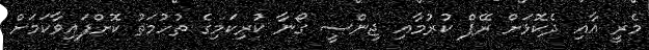
މެރީ އާއި ދެކޮޅަށް ރޭޕް ކުރުމާއި ޖިންސީ ގޯނާ ކުރިކަމިގެ ތުހުމަތު ކޮށްފައިވާކަމަށް